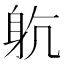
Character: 𨈨